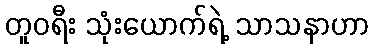
တူဝရီး သုံးယောက်ရဲ့ သာသနာဟာ